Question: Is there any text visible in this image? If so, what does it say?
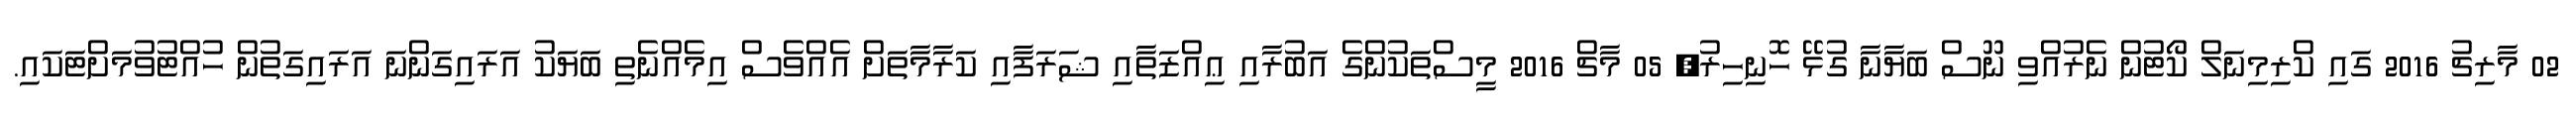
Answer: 02 މާރިޗު 2016 ގައި ކްރިމިނަލް ކޯޓުން ނެރުއްވި ނޫސް ބަޔާނާ ގުޅޭ ހޮނިހިރު, 05 މާޗް 2016 މީސްތަކުންގެ އަބުރާއި ޢިއްޒަތާއި ޝަރަފާއި ކަރާމާތަށް އެއްވެސް އިމެއްނެތި ބަޔަކު އަރައިގަންނަ އަރައިގަތުން ހުއްޓުވުމަށްޓަކައި.